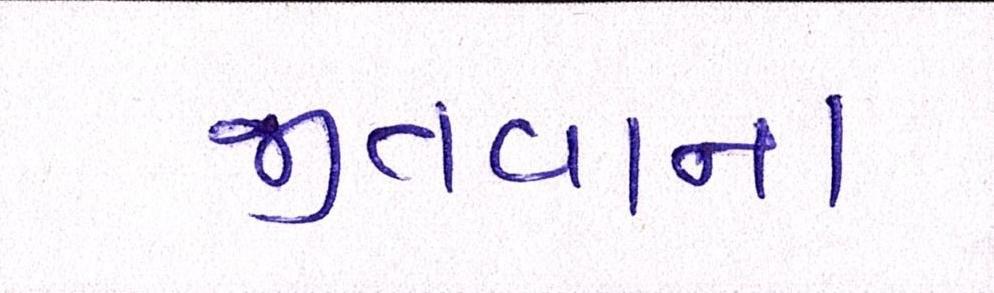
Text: જીતવાના